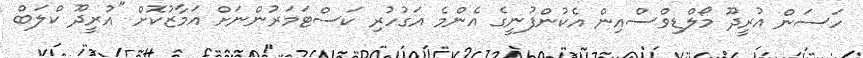
ހަސަން އުރީދޫ މޯލްޑިވްސްއިން އެކުންފުނީގެ އެންމެ އަގުހުރި ކަސްޓަމަރުންނަށް އަމާޒުކޮށް "އުރީދޫ ކްލަބް